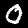
Digit: 0